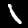
Digit: 1